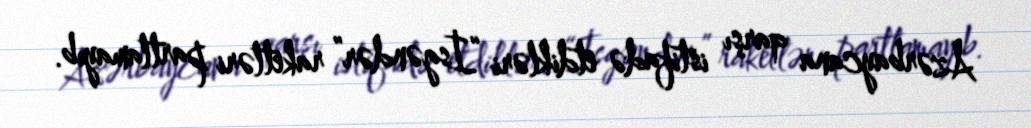
Azərbaycana qarşı istifadə etdikləri “İsgəndər” raketləri partlamayıb.